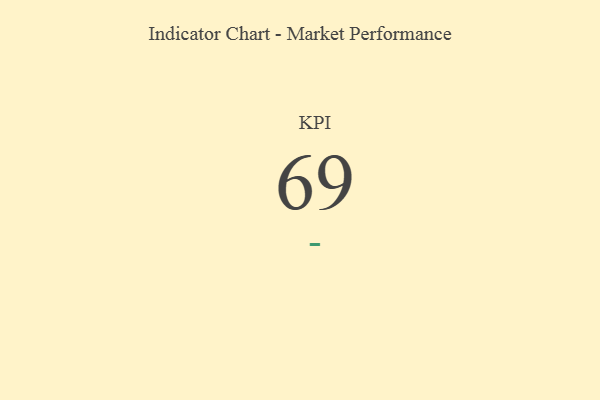
{"axis": {"x": "KPI", "y": "Value"}, "legend": [""], "data": [{"x": "KPI", "y": 69, "type": ""}]}